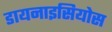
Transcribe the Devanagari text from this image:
डायनाइसियोस